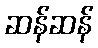
ဆန်ဆန်